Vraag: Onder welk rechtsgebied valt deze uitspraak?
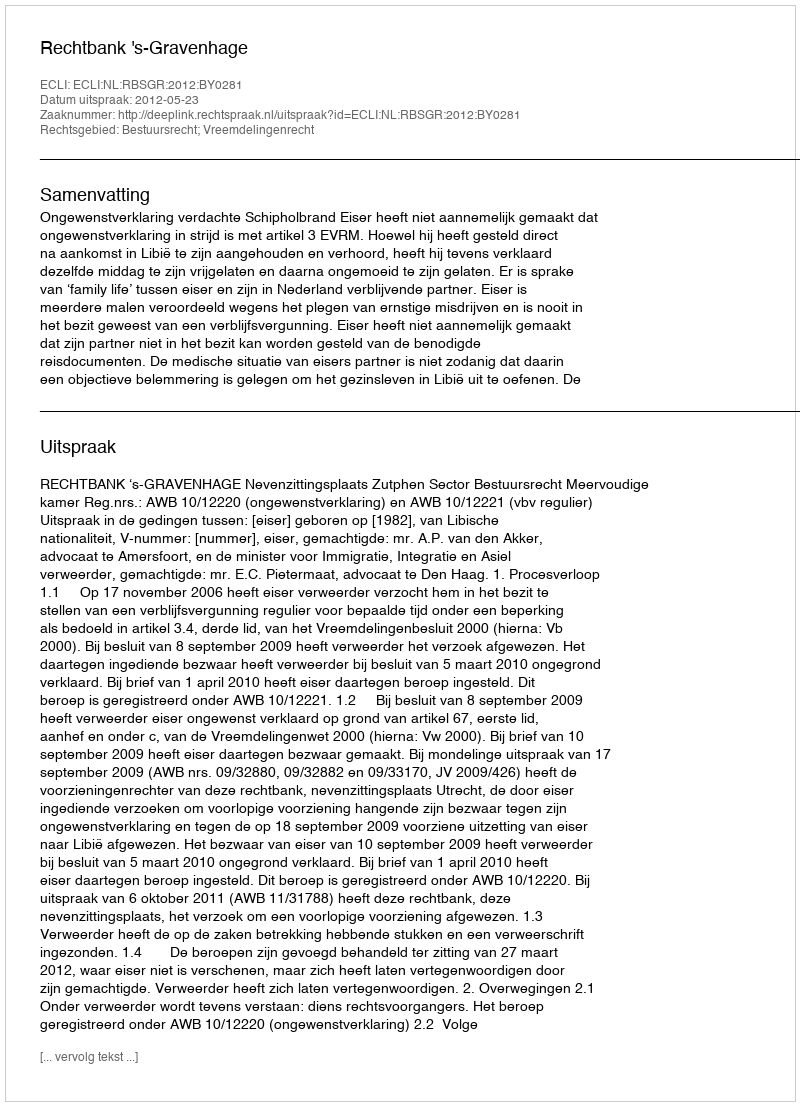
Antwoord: Bestuursrecht; Vreemdelingenrecht